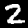
Label: 2